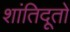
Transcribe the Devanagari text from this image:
शांतिदूतों